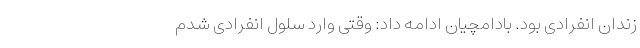
زندان انفرادی بود. بادامچیان ادامه داد: وقتی وارد سلول انفرادی شدم